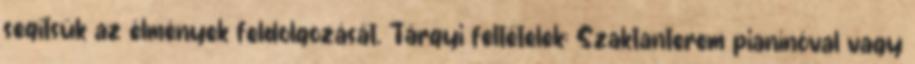
segítsük az élmények feldolgozását. Tárgyi feltételek: Szaktanterem pianínóval vagy